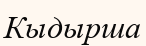
Кыдырша